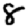
Digit: 8